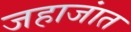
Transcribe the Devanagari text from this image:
जहाजांत